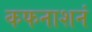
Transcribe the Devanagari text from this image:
कफनाशनं